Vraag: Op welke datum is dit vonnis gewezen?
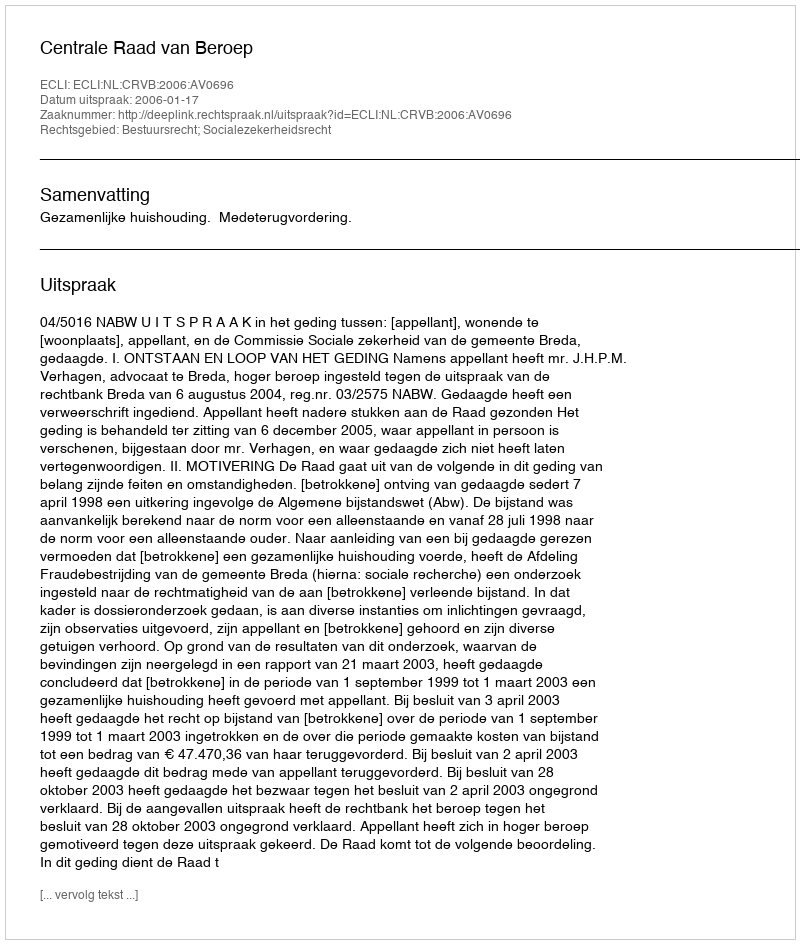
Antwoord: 2006-01-17